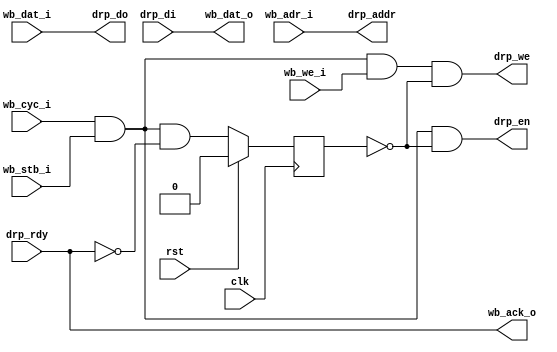
// This program was cloned from: https://github.com/alexforencich/xfcp
// License: MIT License

/*

Copyright (c) 2017 Alex Forencich

Permission is hereby granted, free of charge, to any person obtaining a copy
of this software and associated documentation files (the "Software"), to deal
in the Software without restriction, including without limitation the rights
to use, copy, modify, merge, publish, distribute, sublicense, and/or sell
copies of the Software, and to permit persons to whom the Software is
furnished to do so, subject to the following conditions:

The above copyright notice and this permission notice shall be included in
all copies or substantial portions of the Software.

THE SOFTWARE IS PROVIDED "AS IS", WITHOUT WARRANTY OF ANY KIND, EXPRESS OR
IMPLIED, INCLUDING BUT NOT LIMITED TO THE WARRANTIES OF MERCHANTABILITY
FITNESS FOR A PARTICULAR PURPOSE AND NONINFRINGEMENT. IN NO EVENT SHALL THE
AUTHORS OR COPYRIGHT HOLDERS BE LIABLE FOR ANY CLAIM, DAMAGES OR OTHER
LIABILITY, WHETHER IN AN ACTION OF CONTRACT, TORT OR OTHERWISE, ARISING FROM,
OUT OF OR IN CONNECTION WITH THE SOFTWARE OR THE USE OR OTHER DEALINGS IN
THE SOFTWARE.

*/

// Language: Verilog 2001

`timescale 1ns / 1ps

/*
 * Wishbone DRP shim
 */
module wb_drp #
(
    parameter ADDR_WIDTH = 16
)
(
    input  wire                    clk,
    input  wire                    rst,

    /*
     * Wishbone interface
     */
    input  wire [ADDR_WIDTH-1:0]   wb_adr_i,   // ADR_I() address
    input  wire [15:0]             wb_dat_i,   // DAT_I() data in
    output wire [15:0]             wb_dat_o,   // DAT_O() data out
    input  wire                    wb_we_i,    // WE_I write enable input
    input  wire                    wb_stb_i,   // STB_I strobe input
    output wire                    wb_ack_o,   // ACK_O acknowledge output
    input  wire                    wb_cyc_i,   // CYC_I cycle input

    /*
     * DRP interface
     */
    output wire [ADDR_WIDTH-1:0]   drp_addr,
    output wire [15:0]             drp_do,
    input  wire [15:0]             drp_di,
    output wire                    drp_en,
    output wire                    drp_we,
    input  wire                    drp_rdy
);

reg cycle = 1'b0;

assign drp_addr = wb_adr_i;
assign drp_do = wb_dat_i;
assign wb_dat_o = drp_di;
assign drp_en = wb_cyc_i & wb_stb_i & ~cycle;
assign drp_we = wb_cyc_i & wb_stb_i & wb_we_i & ~cycle;
assign wb_ack_o = drp_rdy;

always @(posedge clk) begin
    cycle <= wb_cyc_i & wb_stb_i & ~drp_rdy;

    if (rst) begin
        cycle <= 1'b0;
    end
end

endmodule